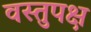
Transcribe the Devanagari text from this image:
वस्तुपक्ष